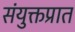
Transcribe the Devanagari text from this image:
संयुक्तप्रात